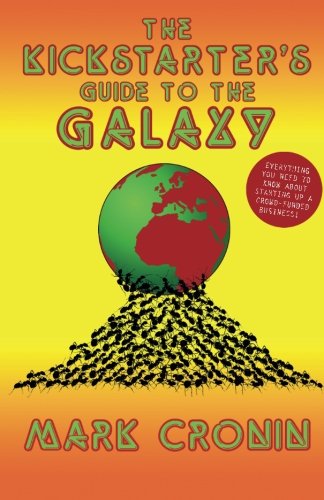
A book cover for The Kickstarters guide to the galaxy: A unique insight into the world of crowd funding (Guides to the Galaxy) (Volume 1); Mr Mark Antony Cronin; Business & Money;